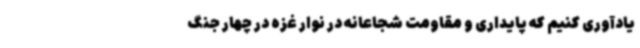
یادآوری کنیم که پایداری و مقاومت شجاعانه در نوار غزه در چهار جنگ